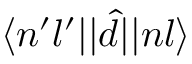
\langle n ^ { \prime } l ^ { \prime } | | \hat { d } | | n l \rangle